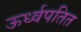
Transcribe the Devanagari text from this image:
ऊर्ध्वपतित